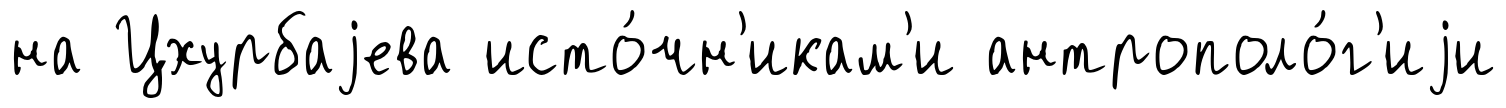
на Цхурбаjева исто́чн'икам'и антрополо́г'иjи